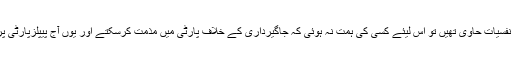
چونکہ پارٹی پر جاگیردارانہ نفسیات حاوی تھیں تو اس لیئے کسی کی ہمت نہ ہوئی کہ جاگیرداری کے خلاف پارٹی میں مذمت کرسکتے اور یوں آج پیپلزپارٹی پر زرداری صاحب بیٹھے ہیں۔